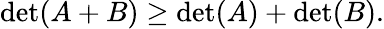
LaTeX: \operatorname*{det}(A+B)\geq\operatorname*{det}(A)+\operatorname*{det}(B).